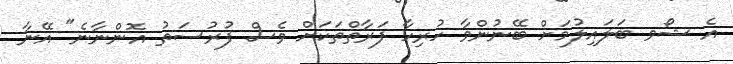
އެ ޝޯވ ބަލައިލުމަށް ބޭނުންވާ ހުރިހާ ފަރާތްތަކަށް ވެސް ފުރުސަތު އޮންނާނެ" އޭނާ